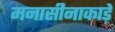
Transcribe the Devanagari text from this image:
मनासीनाकाड़े